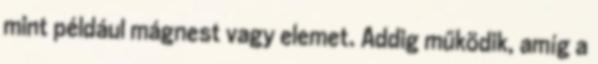
mint például mágnest vagy elemet. Addig működik, amíg a